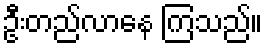
ဦးတည်လာနေ ကြသည်။